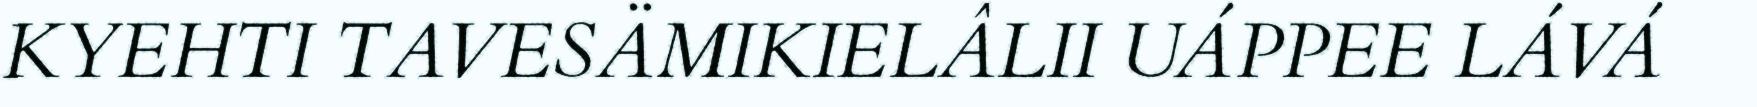
KYEHTI TAVESÄMIKIELÂLII UÁPPEE LÁVÁ